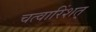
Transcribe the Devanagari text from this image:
चत्वारिंशत्